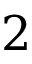
2